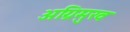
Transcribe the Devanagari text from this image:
अग्निमुख